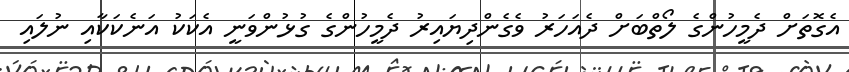
އެގޮތަށް ދެމީހުންގެ ލޯތްބަށް ދެއަހަރު ވެގެންދިޔައިރު ދެމީހުންގެ ގުޅުންވަނީ އެކަކު އަނެކަކާއި ނުލައި